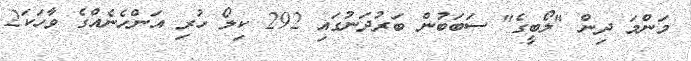
މަންމަ ދިން "ލޯބީގެ" ސަބަބުން ބަރުދަނުގައި 292 ކިލޯ ހުރި އަންހެނެއްގެ ވާހަކަ2